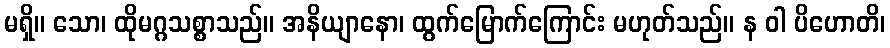
မရှိ။ သော၊ ထိုမဂ္ဂသစ္စာသည်။ အနိယျာနော၊ ထွက်မြောက်ကြောင်း မဟုတ်သည်။ န ဝါ ပိဟောတိ၊